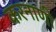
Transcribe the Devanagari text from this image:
करनाणी